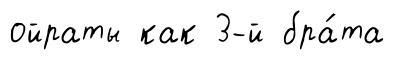
ойраты как 3-й бра́та